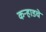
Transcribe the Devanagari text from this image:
कऱ्हाडचे